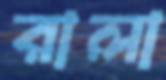
রালা